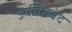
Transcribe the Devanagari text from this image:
अर्घिंरोवेद